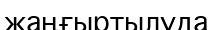
жаңғыртылуда